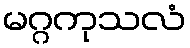
မဂ္ဂကုသလံ